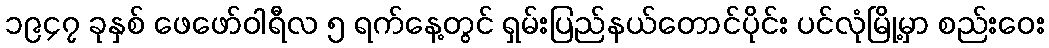
၁၉၄၇ ခုနှစ် ဖေဖော်ဝါရီလ ၅ ရက်နေ့တွင် ရှမ်းပြည်နယ်တောင်ပိုင်း ပင်လုံမြို့မှာ စည်းဝေး